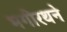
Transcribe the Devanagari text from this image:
भगीरथने